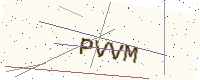
Text: PVVM